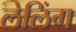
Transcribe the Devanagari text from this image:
लेलिंग